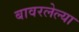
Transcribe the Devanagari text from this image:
बावरलेल्या